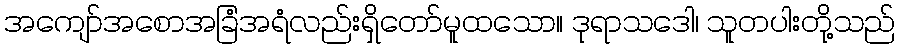
အကျော်အစောအခြံအရံလည်းရှိတော်မူထသော။ ဒုရာသဒေါ၊ သူတပါးတို့သည်